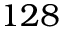
1 2 8